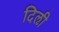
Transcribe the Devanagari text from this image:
दिऌी